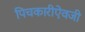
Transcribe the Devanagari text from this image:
पिचकारीऐवजी